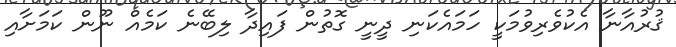
ޤުރުއާނާ އެކުވެރިވުމަކީ ހަމައެކަނި ދީނީ ގޮތުން ފައިދާ ލިބޭނެ ކަމެއް ނޫން ކަމަށާއި